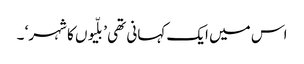
اس میں ایک کہانی تھی ’بلّیوں کا شہر‘ ۔